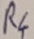
Text: R4